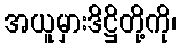
အယူမှားဒိဋ္ဌိတို့ကို၊